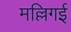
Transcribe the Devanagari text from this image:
मल्लिगई